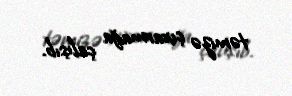
təmizə çıxarmağa çalışıb.